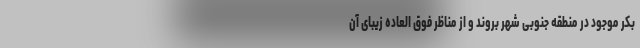
بكر موجود در منطقه جنوبی شهر بروند و از مناظر فوق العاده زیبای آن